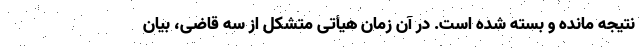
‌نتیجه مانده و بسته شده است. در آن زمان هیأتی متشکل از سه قاضی، بیان